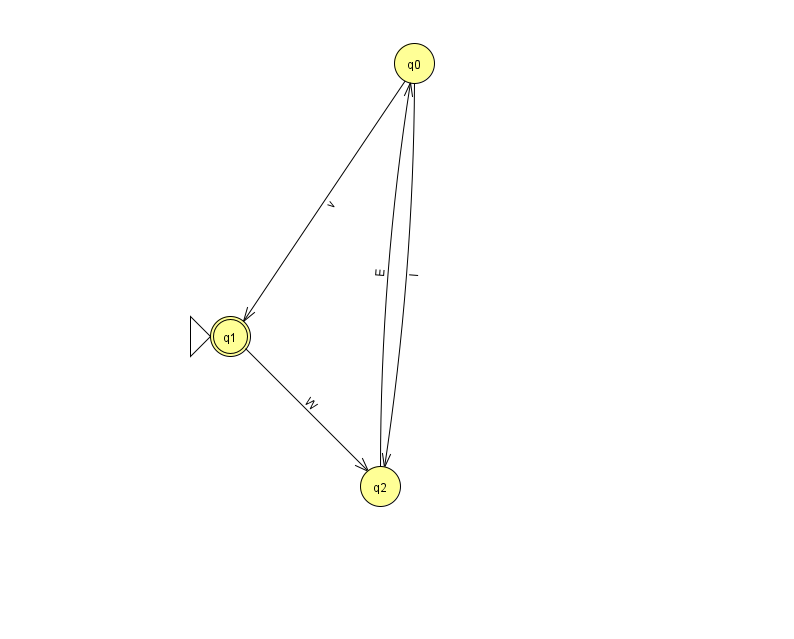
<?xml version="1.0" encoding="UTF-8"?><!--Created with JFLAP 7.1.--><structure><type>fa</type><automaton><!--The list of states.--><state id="0" name="q0"><x>414.0</x><y>50.0</y></state><state id="1" name="q1"><x>230.0</x><y>323.0</y><initial/><final/></state><state id="2" name="q2"><x>380.0</x><y>473.0</y></state><!--The list of transitions.--><transition><from>0</from><to>1</to><read>v</read></transition><transition><from>1</from><to>2</to><read>W</read></transition><transition><from>2</from><to>0</to><read>E</read></transition><transition><from>0</from><to>2</to><read>I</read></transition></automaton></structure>